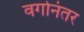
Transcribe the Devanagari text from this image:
वर्गानंतर